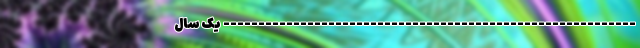
----------------------------------------------------------- یک سال